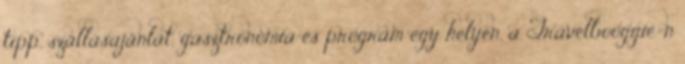
tipp, szállásajánlat, gasztronómia és program egy helyen, a Travelbooggie-n